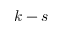
k - s